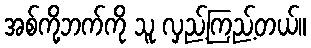
အစ်ကို့ဘက်ကို သူ လှည့်ကြည့်တယ်။